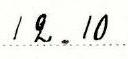
12.10